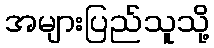
အများပြည်သူသို့